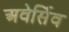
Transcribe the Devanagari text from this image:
अवेर्सिव